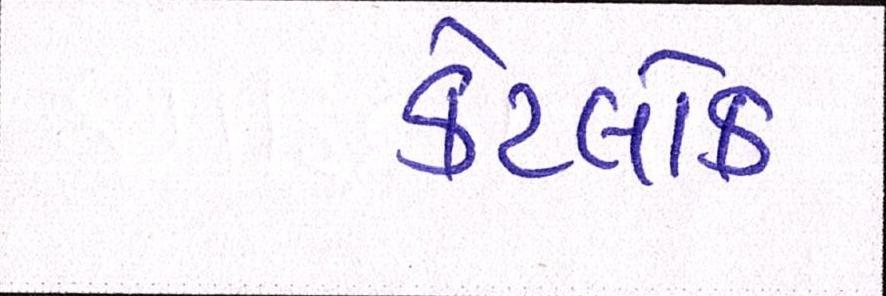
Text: કેટલોક